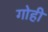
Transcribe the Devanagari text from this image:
गोही